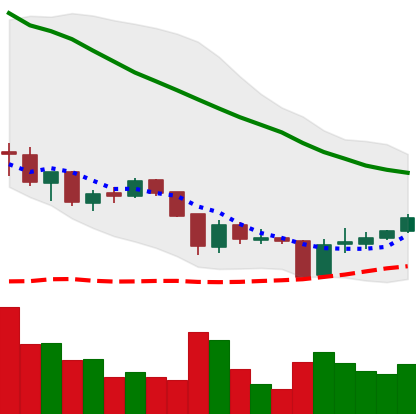
Ticker: XRP-USD
Chart end date: 2018-06-02
Forward return: 5.389%
Label: up_5_7